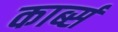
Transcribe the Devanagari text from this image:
कार्ब्स